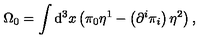
\Omega _ { 0 } = \int \mathrm { d } ^ { 3 } x \left( \pi _ { 0 } \eta ^ { 1 } - \left( \partial ^ { i } \pi _ { i } \right) \eta ^ { 2 } \right) ,